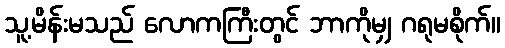
သူ့မိန်းမသည် လောကကြီးတွင် ဘာကိုမျှ ဂရုမစိုက်။